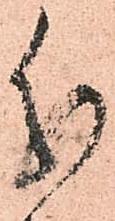
分